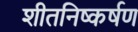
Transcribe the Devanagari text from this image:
शीतनिष्कर्षण